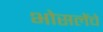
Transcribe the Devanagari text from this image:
भोसलेंचे